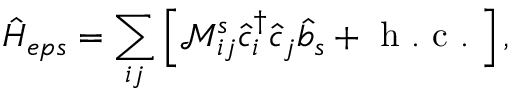
\hat { H } _ { e p s } = \sum _ { i j } \left[ \mathcal { M } _ { i j } ^ { s } \hat { c } _ { i } ^ { \dag } \hat { c } _ { j } \hat { b } _ { s } + \mathrm { ~ h ~ . ~ c ~ . ~ } \right] ,